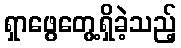
ရှာဖွေတွေ့ရှိခဲ့သည့်